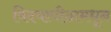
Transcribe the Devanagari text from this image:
विदयापीठामधून